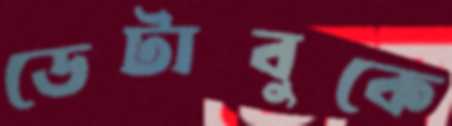
ডেটাবুকে